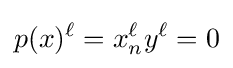
p(x)^{\ell }=x_{n}^{\ell }y^{\ell }=0